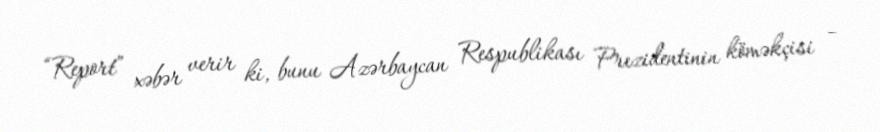
“Report” xəbər verir ki, bunu Azərbaycan Respublikası Prezidentinin köməkçisi –